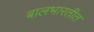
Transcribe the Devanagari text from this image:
बालभारतीत